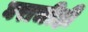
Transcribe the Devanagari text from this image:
घराचीही